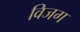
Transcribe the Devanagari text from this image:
विजग